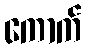
ကောက်